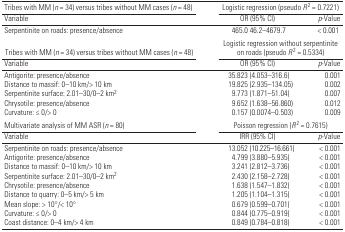
<table><thead><tr><td><b>Tribes with MM (<i>n</i> = 34) versus tribes without MM cases (<i>n</i> = 48)</b></td><td colspan="2"><b>Logistic regression (pseudo <i>R</i><sup>2</sup> = 0.7221)</b></td></tr><tr><td><b>Variable</b></td><td><b>OR (95% CI)</b></td><td><b><i>p</i>-Value</b></td></tr></thead><tbody><tr><td>Serpentinite on roads: presence/absence</td><td>465.0 46.2–4679.7</td><td>&lt; 0.001</td></tr><tr><td>Tribes with MM (<i>n</i> = 34) versus tribes without MM cases (<i>n</i> = 48)</td><td colspan="2">Logistic regression without serpentinite on roads (pseudo <i>R</i><sup>2</sup> = 0.5334)</td></tr><tr><td>Variable</td><td>OR (95% CI)</td><td><i>p</i>-Value</td></tr><tr><td>Antigorite: presence/absence</td><td>35.823 (4.053–316.6)</td><td>0.001</td></tr><tr><td>Distance to massif: 0–10 km/&gt; 10 km</td><td>19.825 (2.935–134.05)</td><td>0.002</td></tr><tr><td>Serpentinite surface: 2.01–30/0–2 km<sup>2</sup></td><td>9.773 (1.871–51.04)</td><td>0.007</td></tr><tr><td>Chrysotile: presence/absence</td><td>9.652 (1.638–56.860)</td><td>0.012</td></tr><tr><td>Curvature: ≤ 0/&gt; 0</td><td>0.157 (0.0074–0.503)</td><td>0.009</td></tr><tr><td>Multivariate analysis of MM ASR (<i>n</i> = 80)</td><td colspan="2">Poisson regression (<i>R</i><sup>2</sup> = 0.7615) </td></tr><tr><td>Variable</td><td>IRR (95% CI)</td><td><i>p</i>-Value</td></tr><tr><td>Serpentinite on roads: presence/absence</td><td>13.052 (10.225–16.661)</td><td>&lt; 0.001</td></tr><tr><td>Antigorite: presence/absence</td><td>4.799 (3.880–5.935)</td><td>&lt; 0.001</td></tr><tr><td>Distance to massif: 0–10 km/&gt; 10 km</td><td>3.241 (2.812–3.736)</td><td>&lt; 0.001</td></tr><tr><td>Serpentinite surface: 2.01–30/0–2 km<sup>2</sup></td><td>2.430 (2.158–2.728)</td><td>&lt; 0.001</td></tr><tr><td>Chrysotile: presence/absence</td><td>1.638 (1.547–1.832)</td><td>&lt; 0.001</td></tr><tr><td>Distance to quarry: 0–5 km/&gt; 5 km</td><td>1.205 (1.104–1.315)</td><td>&lt; 0.001</td></tr><tr><td>Mean slope: &gt; 10°/&lt; 10°</td><td>0.679 (0.599–0.701)</td><td>&lt; 0.001</td></tr><tr><td>Curvature: ≤ 0/&gt; 0</td><td>0.844 (0.775–0.919)</td><td>&lt; 0.001</td></tr><tr><td>Coast distance: 0–4 km/&gt; 4 km</td><td>0.849 (0.784–0.818)</td><td>&lt; 0.001</td></tr></tbody></table>